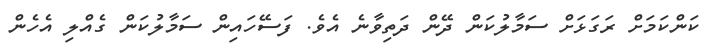
ކަންކަމަށް ރަގަޅަށް ސަމާލުކަން ދޭން ދަތިވާނެ އެވެ. ފަސޭހައިން ސަމާލުކަން ގެއްލި އެހެން